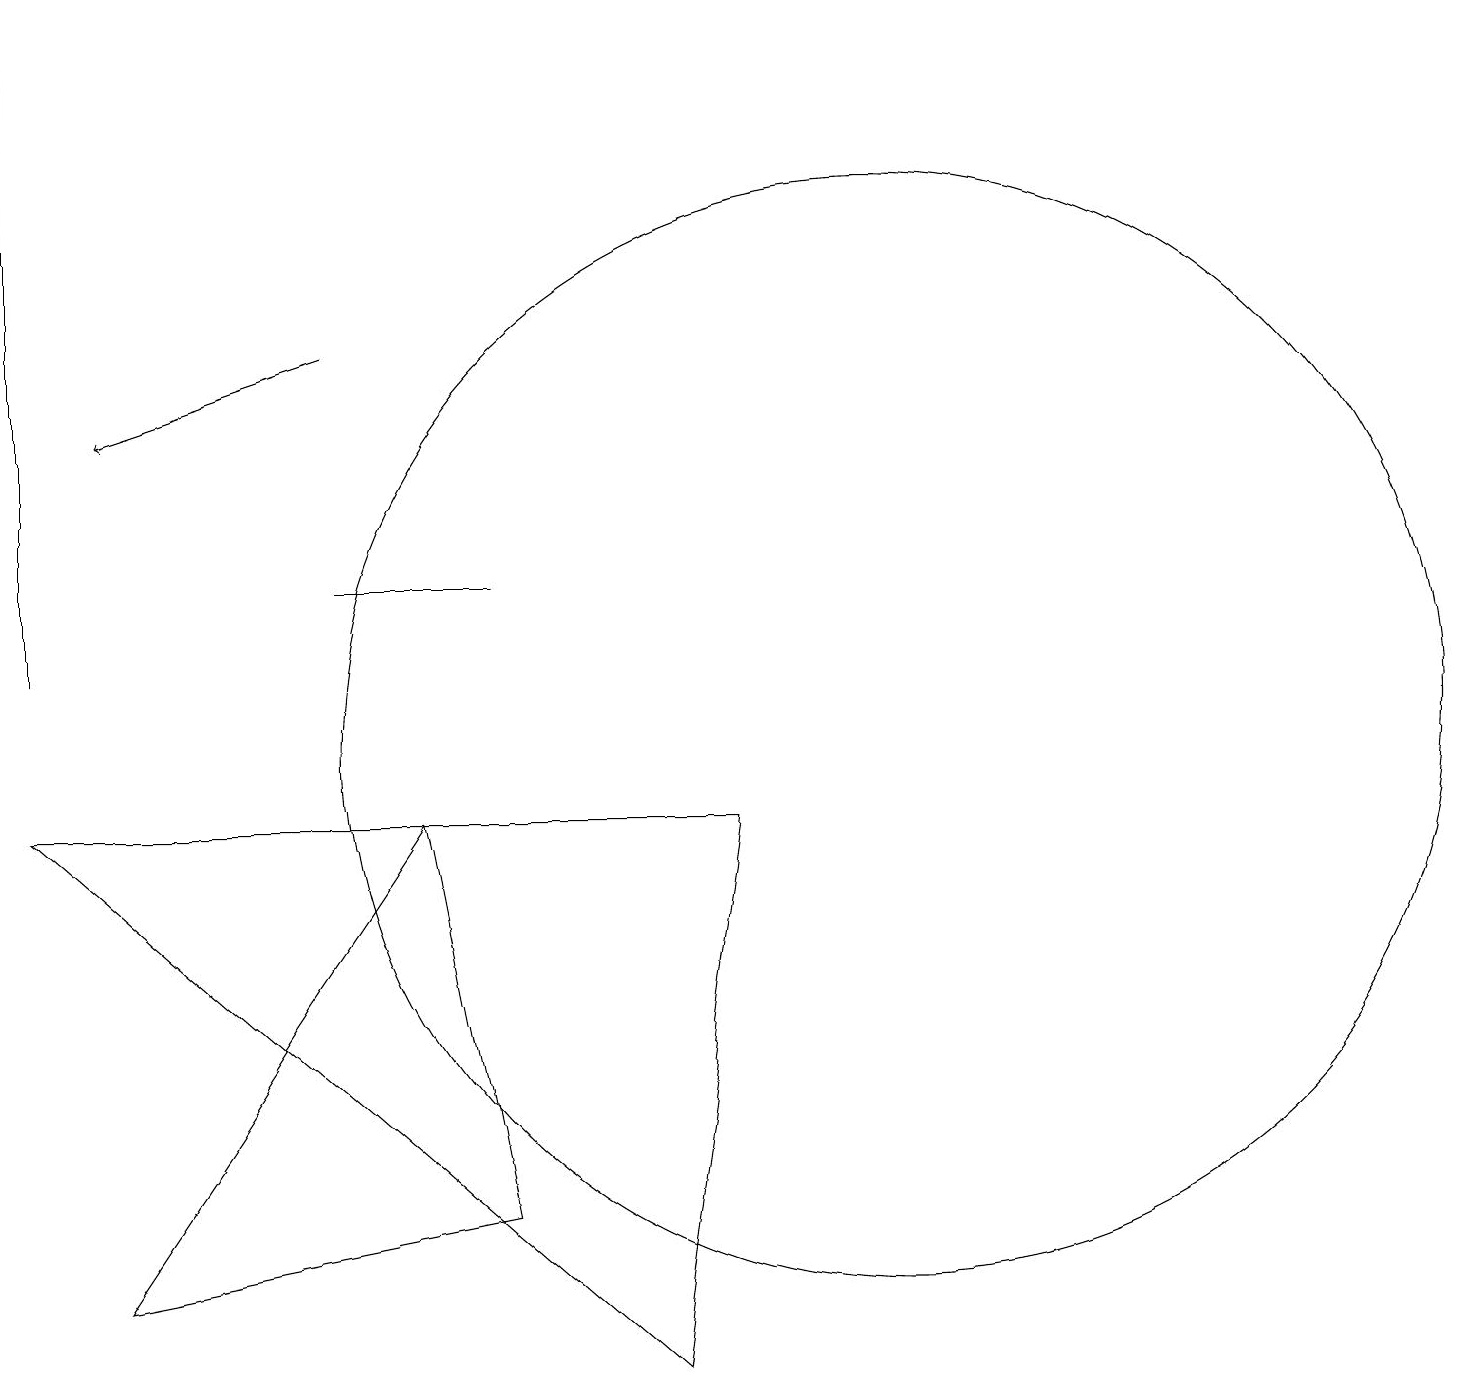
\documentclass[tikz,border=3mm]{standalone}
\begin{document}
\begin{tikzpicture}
\draw[->] (4,15) -- (1,14);
\draw (6,12) rectangle (4,12);
\draw (11,10) circle (7);
\draw (1,3) -- (6,4) -- (5,9) -- cycle;
\draw (0,9) -- (9,9) -- (8,2) -- cycle;
\draw (0,19) rectangle (0,11);
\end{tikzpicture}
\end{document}